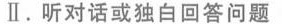
Ⅱ.听对话或独白回答问题